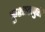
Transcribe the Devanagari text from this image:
कुशाग्रपुरी